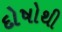
દોષોથી